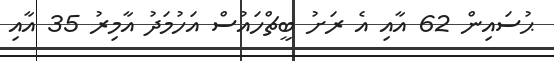
ޙުސައިން 62 އާއި އެ ރަށު ބީޗްހައުސް އަހުމަދު އާމިރު 35 އާއި